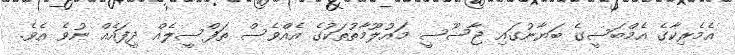
އެމެރިކާގެ އެމްބަސީގެ ބަޔާނުގައި ޖާސޫސީ މައުލޫމާތުތަކުގެ އެއްވެސް ތަފްސީލެއް ދީފައެއް ނުވެ އެވެ.